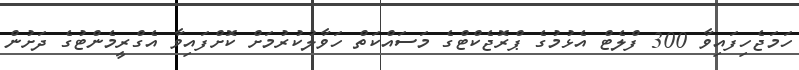
ހަމަޖެހިފައިވާ 300 ފްލެޓް އެޅުމުގެ ޕްރޮޖެކްޓްގެ މަސައްކަތް ހަވާލުކުރުމަށް ކޮށްފައިވާ އެގްރީމެންޓުގެ ދަށުން